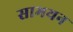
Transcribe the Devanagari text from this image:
सामयन